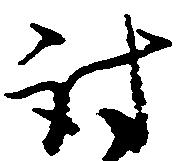
討